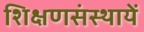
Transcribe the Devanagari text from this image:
शिक्षणसंस्थायें